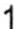
1